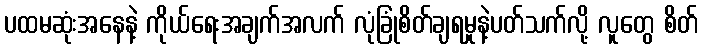
ပထမဆုံးအနေနဲ့ ကိုယ်ရေးအချက်အလက် လုံခြုံစိတ်ချရမှုနဲ့ပတ်သက်လို့ လူတွေ စိတ်